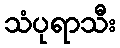
သံပုရာသီး